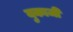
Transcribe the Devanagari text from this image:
युकाजी